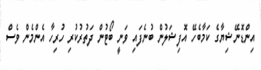
އިންޑޮނޭޝިޔާގެ ކަމާބެހޭ އޮފިޝަލުން ބުނެފައި ވަނީ ބޯޓުން ދަތުރުކުރި ހުރިހާ އެންމެން ވެސް